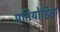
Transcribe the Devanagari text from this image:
प्रतियोहिता